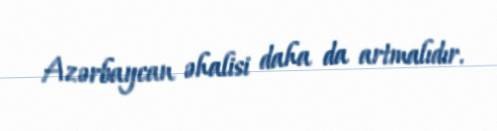
Azərbaycan əhalisi daha da artmalıdır.